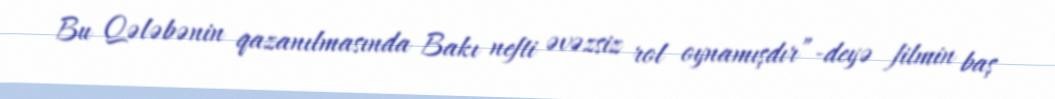
Bu Qələbənin qazanılmasında Bakı nefti əvəzsiz rol oynamışdır”-deyə filmin baş